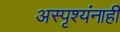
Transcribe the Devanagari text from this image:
अस्पृश्यंनाही